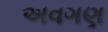
અવગણ